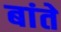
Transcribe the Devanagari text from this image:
बांते